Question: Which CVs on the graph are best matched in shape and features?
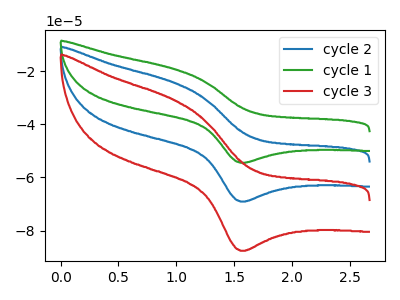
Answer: <think>The blue curve "cycle 2" has an anodic peak at (1.00V, -24.45uA) and a cathodic peak at (1.60V, -69.10uA). The green curve "cycle 1" has an anodic peak at (1.00V, -48.85uA) and a cathodic peak at (1.60V, -138.15uA). The red curve "cycle 3" has an anodic peak at (1.00V, -31.00uA) and a cathodic peak at (1.60V, -87.60uA).
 All the peaks in "cycle 2" have a peak in "cycle 1" at the same potential. All the peaks in "cycle 2" have a peak in "cycle 3" at the same potential. All the peaks in "cycle 1" have a peak in "cycle 3" at the same potential.</think>
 <answer>"cycle 3", "cycle 2" and "cycle 1" have the same shape and are likely CV's of the same chemical.</answer>
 <eval>"cycle 3" "cycle 2" "cycle 1"</eval>